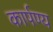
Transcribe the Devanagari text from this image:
कार्पण्य